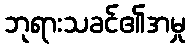
ဘုရားသခင်၏အမှု